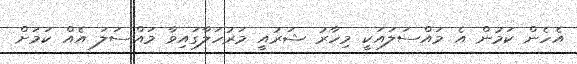
އެހެން ކަމުން އެ މައްސަލައަކީ މިހާރު ޝަރުއީ މަރުހަލާގައިވާ މައްސަލަ އެއް ކަމަށް